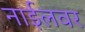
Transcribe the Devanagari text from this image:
नाईलवर